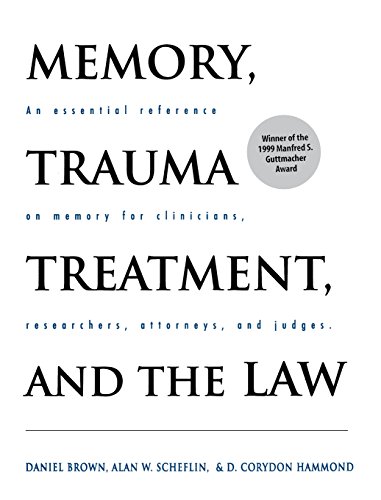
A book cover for Memory, Trauma Treatment, and the Law (Norton Professional Books); Daniel P. Brown PhD; Law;